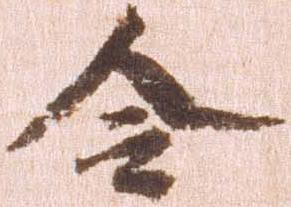
令